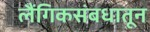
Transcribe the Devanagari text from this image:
लैंगिकसंबधातून